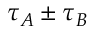
{ \tau _ { A } } \pm { \tau _ { B } }